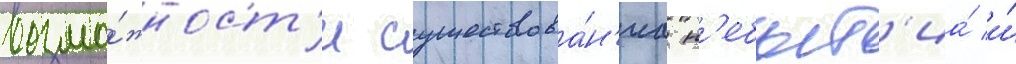
возмо́жност'и существова́н'иа н'ебыт'иа́ и́